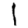
Digit: 1